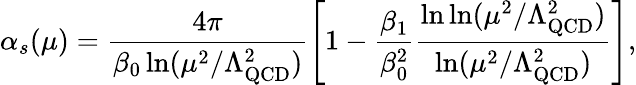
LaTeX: \alpha_{s}(\mu)=\frac{4\pi}{\beta_{0}\ln(\mu^{2}/\Lambda_{\mathrm{QCD}}^{2})}\left[1-\frac{\beta_{1}}{\beta_{0}^{2}}\frac{\ln\ln(\mu^{2}/\Lambda_{\mathrm{QCD}}^{2})}{\ln(\mu^{2}/\Lambda_{\mathrm{QCD}}^{2})}\right],